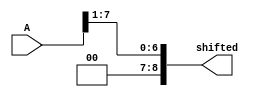
module right_shift (input[7:0] A,output reg[8:0] shifted);
always @ (*)
 begin
  shifted<=A>>1;
end
endmodule